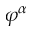
\varphi ^ { \alpha }